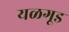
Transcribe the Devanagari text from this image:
यळगूड